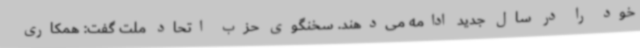
خود را در سال جدید ادامه می‌دهند. سخنگوی حزب اتحاد ملت گفت: همکاری